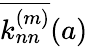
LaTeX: \overline{{k_{nn}^{(m)}}}(a)